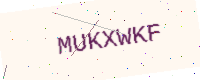
Text: MUKXWKF